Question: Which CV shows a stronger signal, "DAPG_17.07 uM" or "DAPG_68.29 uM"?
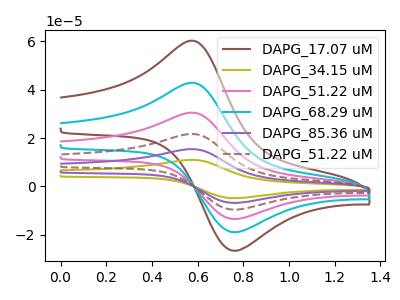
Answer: <think>The brown curve "DAPG_17.07 uM" has an anodic peak at (0.60V, 59.85uA) and a cathodic peak at (0.75V, -26.45uA). The olive curve "DAPG_34.15 uM" has an anodic peak at (0.60V, 212.90uA) and a cathodic peak at (0.75V, -94.15uA). The pink curve "DAPG_51.22 uM" has an anodic peak at (0.60V, 85.15uA) and a cathodic peak at (0.75V, -37.65uA). The cyan curve "DAPG_68.29 uM" has an anodic peak at (0.60V, 42.60uA) and a cathodic peak at (0.75V, -18.85uA). The purple curve "DAPG_85.36 uM" has an anodic peak at (0.60V, 170.30uA) and a cathodic peak at (0.75V, -75.35uA). The brown dashed curve "DAPG_51.22 uM" has an anodic peak at (0.60V, 127.75uA) and a cathodic peak at (0.75V, -56.50uA).
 All the peaks in "DAPG_17.07 uM" have a peak in "DAPG_68.29 uM" at the same potential. Every peak in "DAPG_17.07 uM" is higher than every peak in "DAPG_68.29 uM".</think>
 <answer>"DAPG_17.07 uM" has more signal than "DAPG_68.29 uM".</answer>
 <eval>more_signal</eval>